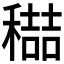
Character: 𮃭